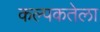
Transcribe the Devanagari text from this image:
कल्पकतेला